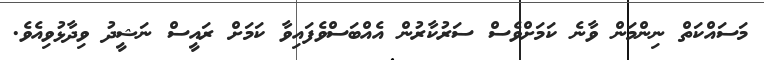
މަސައްކަތް ނިންމަން ވާނެ ކަމަށްވެސް ސަރުކާރުން އެއްބަސްވެފައިވާ ކަމަށް ރައީސް ނަޝީދު ވިދާޅުވިއެވެ.